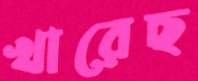
খারেছ